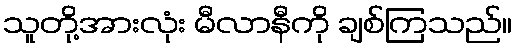
သူတို့အားလုံး မီလာနီကို ချစ်ကြသည်။